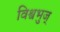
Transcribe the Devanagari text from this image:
विश्वभुज्‌